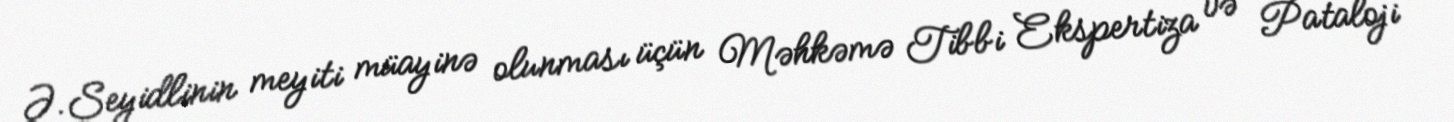
Ə.Seyidlinin meyiti müayinə olunması üçün Məhkəmə Tibbi Ekspertiza və Pataloji